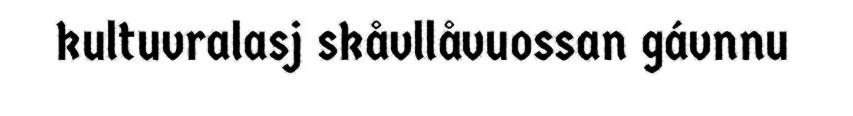
kultuvralasj skåvllåvuossan gávnnu